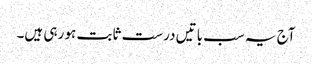
آج یہ سب باتیں درست ثابت ہو رہی ہیں۔